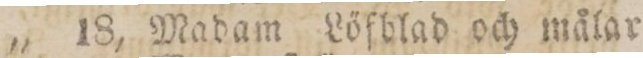
„    „    18,    Madam Löfblad och målar